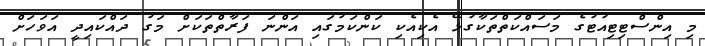
މި އިންސްޓިޓިއުޓުގެ މަސައްކަތްތަކާގުޅޭ އެކިއެކި ކަންކަމުގައި އަންނަ ފަރާތްތަކަށް މަގު ދައްކައިދީ އަވަހަށް